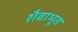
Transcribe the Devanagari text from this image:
शैवाभूत